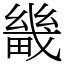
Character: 畿